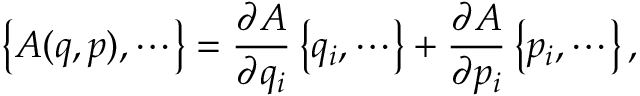
\bigl \{ A ( q , p ) , \cdots \bigr \} = \frac { \partial A } { \partial q _ { i } } \, \bigl \{ q _ { i } , \cdots \bigr \} + \frac { \partial A } { \partial p _ { i } } \, \bigl \{ p _ { i } , \cdots \bigr \} \, ,